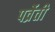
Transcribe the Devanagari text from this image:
पर्व्रेती